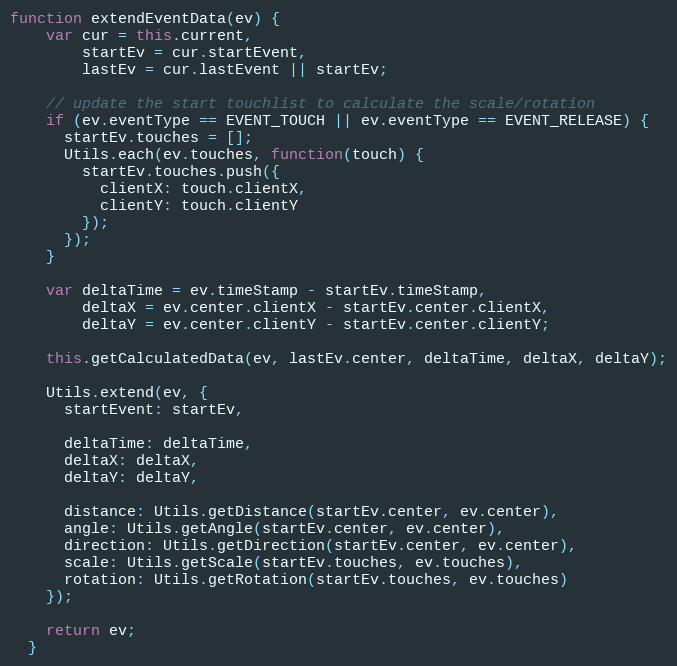
Language: JavaScript
function extendEventData(ev) {
    var cur = this.current,
        startEv = cur.startEvent,
        lastEv = cur.lastEvent || startEv;

    // update the start touchlist to calculate the scale/rotation
    if (ev.eventType == EVENT_TOUCH || ev.eventType == EVENT_RELEASE) {
      startEv.touches = [];
      Utils.each(ev.touches, function(touch) {
        startEv.touches.push({
          clientX: touch.clientX,
          clientY: touch.clientY
        });
      });
    }

    var deltaTime = ev.timeStamp - startEv.timeStamp,
        deltaX = ev.center.clientX - startEv.center.clientX,
        deltaY = ev.center.clientY - startEv.center.clientY;

    this.getCalculatedData(ev, lastEv.center, deltaTime, deltaX, deltaY);

    Utils.extend(ev, {
      startEvent: startEv,

      deltaTime: deltaTime,
      deltaX: deltaX,
      deltaY: deltaY,

      distance: Utils.getDistance(startEv.center, ev.center),
      angle: Utils.getAngle(startEv.center, ev.center),
      direction: Utils.getDirection(startEv.center, ev.center),
      scale: Utils.getScale(startEv.touches, ev.touches),
      rotation: Utils.getRotation(startEv.touches, ev.touches)
    });

    return ev;
  }